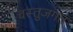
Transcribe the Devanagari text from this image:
वस्तुजगत